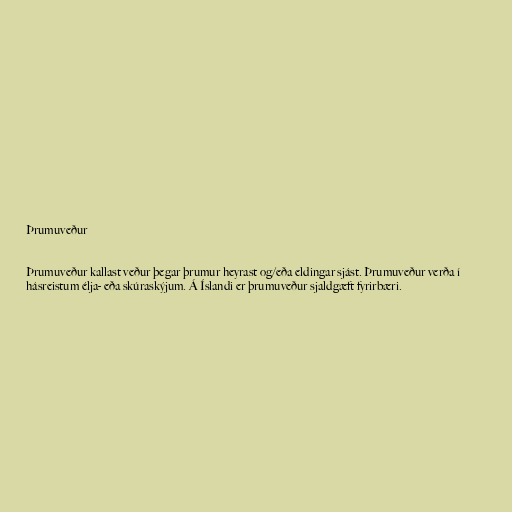
Þrumuveður

Þrumuveður kallast veður þegar þrumur heyrast og/eða eldingar sjást. Þrumuveður verða í
hásreistum élja- eða skúraskýjum. Á Íslandi er þrumuveður sjaldgæft fyrirbæri.